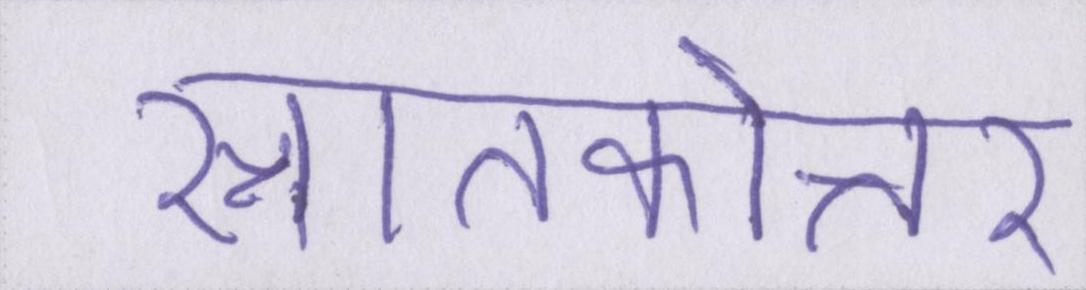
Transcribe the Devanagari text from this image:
स्नातकोत्तर